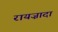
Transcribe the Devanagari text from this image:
रायज़ादा